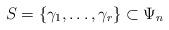
LaTeX: \begin{align*} S=\{ \gamma_1, \dots, \gamma_r \} \subset \Psi_n\end{align*}